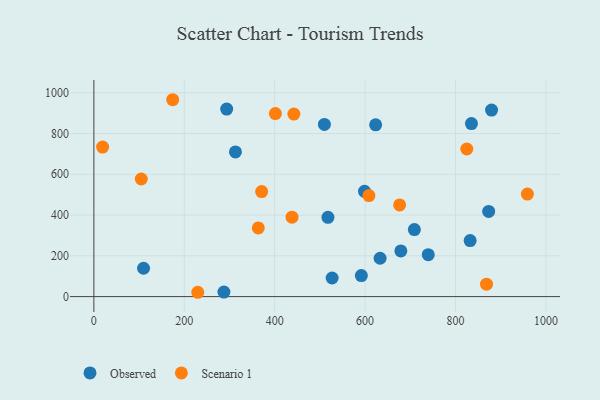
{"axis": {"x": "Price", "y": "Exam Score"}, "legend": ["Observed", "Scenario 1"], "data": [{"x": "517.8", "y": 388.8, "type": "Observed"}, {"x": "313.2", "y": 709.7, "type": "Observed"}, {"x": "633.2", "y": 188.2, "type": "Observed"}, {"x": "510.0", "y": 844.6, "type": "Observed"}, {"x": "739.7", "y": 205.6, "type": "Observed"}, {"x": "623.3", "y": 842.8, "type": "Observed"}, {"x": "591.7", "y": 103.1, "type": "Observed"}, {"x": "709.0", "y": 328.7, "type": "Observed"}, {"x": "879.8", "y": 914.8, "type": "Observed"}, {"x": "287.7", "y": 22.4, "type": "Observed"}, {"x": "832.4", "y": 274.7, "type": "Observed"}, {"x": "873.4", "y": 418.0, "type": "Observed"}, {"x": "835.3", "y": 848.7, "type": "Observed"}, {"x": "293.8", "y": 920.1, "type": "Observed"}, {"x": "598.7", "y": 516.3, "type": "Observed"}, {"x": "109.9", "y": 139.1, "type": "Observed"}, {"x": "527.1", "y": 91.2, "type": "Observed"}, {"x": "679.1", "y": 224.0, "type": "Observed"}, {"x": "19.4", "y": 733.6, "type": "Scenario 1"}, {"x": "438.4", "y": 389.6, "type": "Scenario 1"}, {"x": "608.5", "y": 495.8, "type": "Scenario 1"}, {"x": "401.6", "y": 897.9, "type": "Scenario 1"}, {"x": "229.9", "y": 21.2, "type": "Scenario 1"}, {"x": "868.6", "y": 60.7, "type": "Scenario 1"}, {"x": "825.0", "y": 724.0, "type": "Scenario 1"}, {"x": "104.9", "y": 576.9, "type": "Scenario 1"}, {"x": "174.4", "y": 965.8, "type": "Scenario 1"}, {"x": "363.7", "y": 337.1, "type": "Scenario 1"}, {"x": "959.0", "y": 502.8, "type": "Scenario 1"}, {"x": "371.2", "y": 515.3, "type": "Scenario 1"}, {"x": "676.4", "y": 449.6, "type": "Scenario 1"}, {"x": "442.5", "y": 895.5, "type": "Scenario 1"}]}